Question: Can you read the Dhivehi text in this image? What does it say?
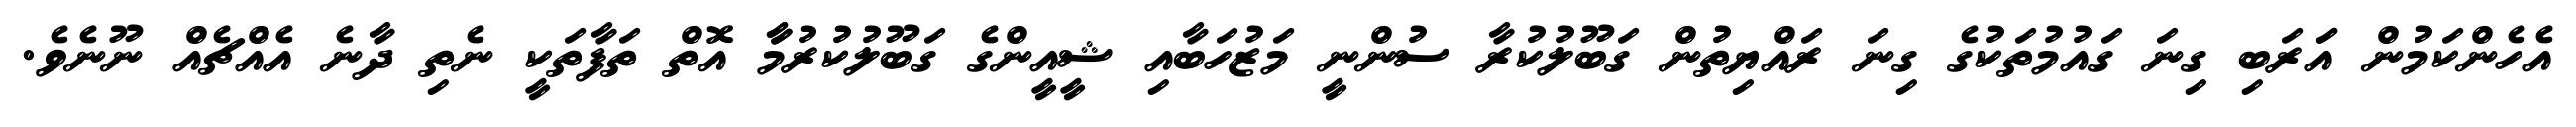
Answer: އެހެންކަމުން އަަރަބި ގިނަ ގައުމުތަކުގެ ގިނަ ރައްޔިތުން ގަބޫލުކުރާ ސުންނީ މަޒުހަބާއި ޝީއީންގެ ގަބޫލުކުރުމާާ އޮތް ތަފާތަކީ ނެތި ދާނެ އެއްޗެއް ނޫނެވެ.